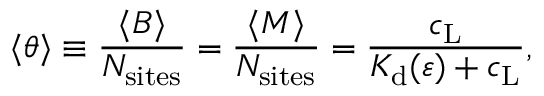
\langle \theta \rangle \equiv \frac { \langle B \rangle } { N _ { \mathrm { s i t e s } } } = \frac { \langle M \rangle } { N _ { \mathrm { s i t e s } } } = \frac { c _ { \mathrm { L } } } { K _ { \mathrm { d } } ( \varepsilon ) + c _ { \mathrm { L } } } ,